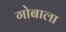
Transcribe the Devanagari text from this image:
गोबाला